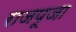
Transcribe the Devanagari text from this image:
राजपूजा